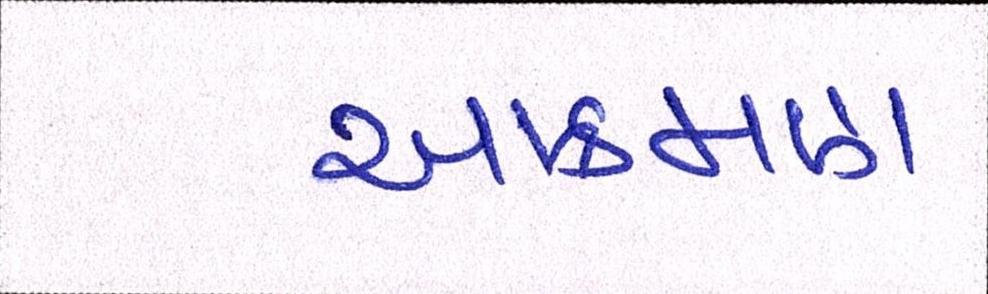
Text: આક્રમણ